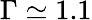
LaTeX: \Gamma\simeq 1.1